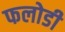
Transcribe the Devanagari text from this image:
फलोडी